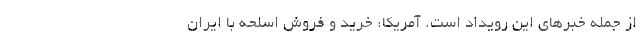
از جمله خبرهای این رویداد است. آمریکا: خرید و فروش اسلحه با ایران